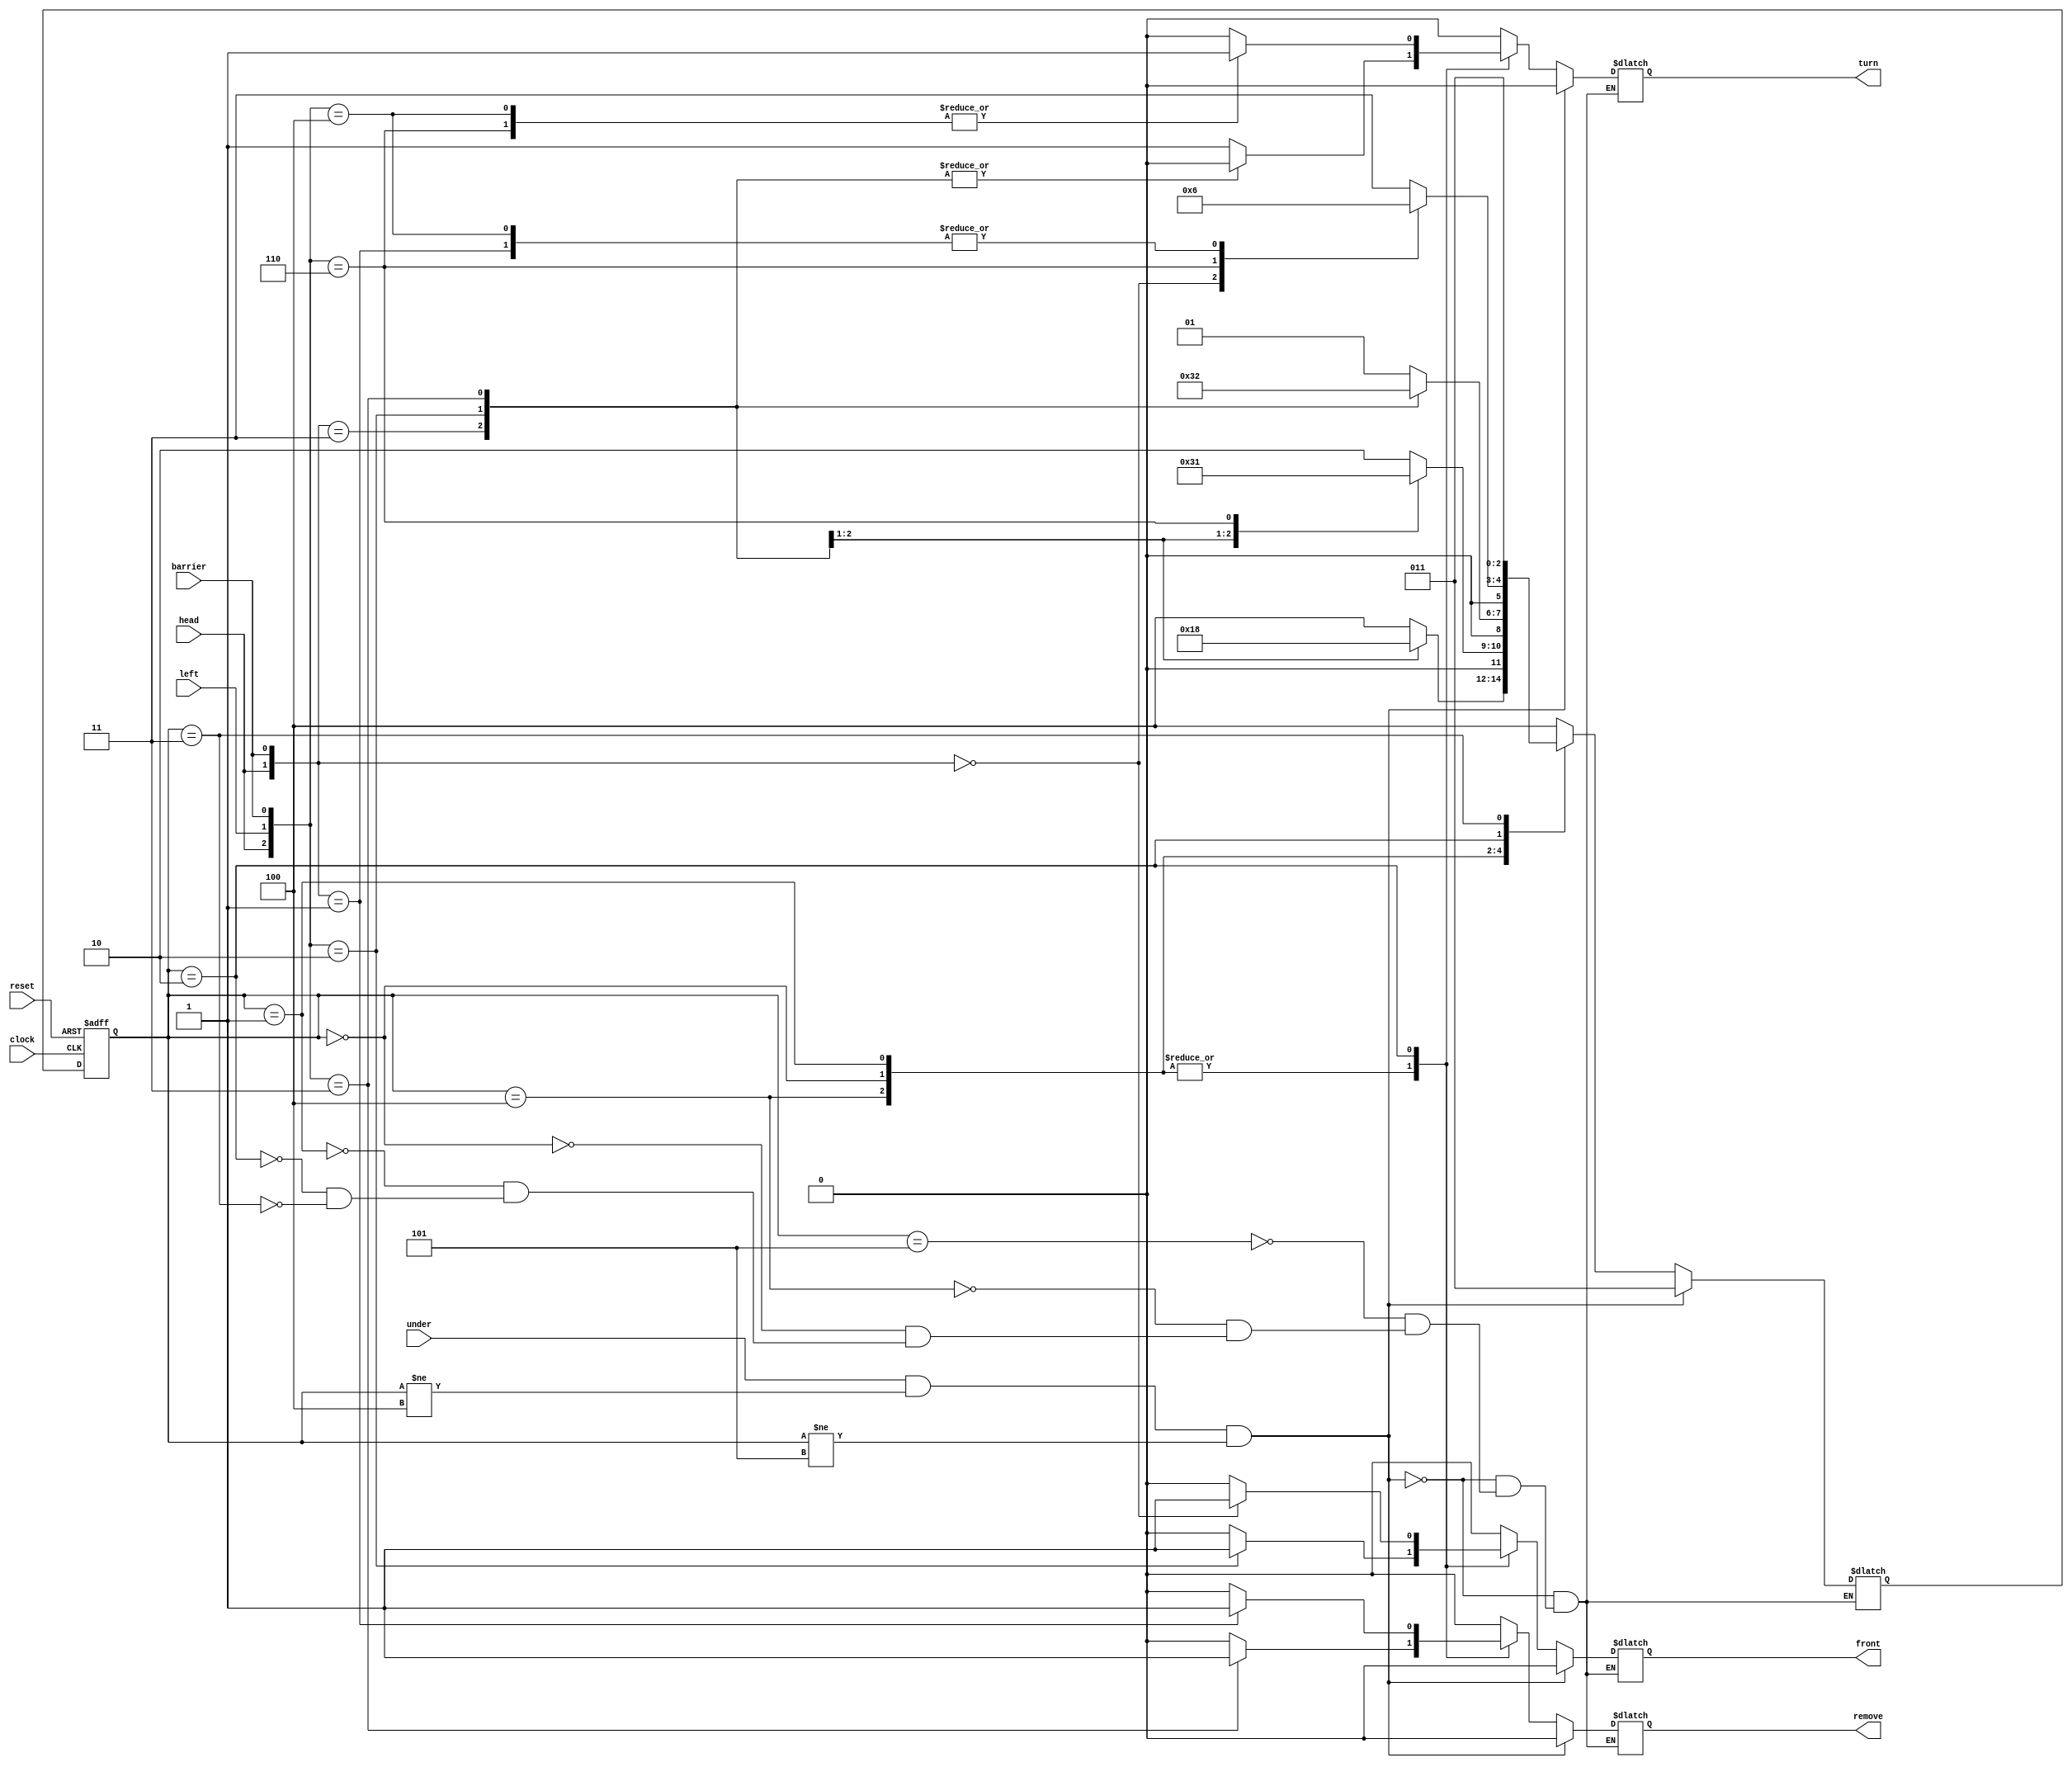
module robot (clock, reset, head, left, under, barrier, front, turn, remove);

output reg front, turn, remove;
input head, left, under, barrier, clock, reset;

reg [2:0] act_state, next_state;

parameter searching_trash_or_left = 3'b000;
parameter rotating = 3'b001;
parameter removing_trash_or_following_left = 3'b010;
parameter stand_by = 3'b011;
parameter first_move = 3'b100;
parameter reseting = 3'b101;

always @(head or left or under or barrier or act_state)
begin
    if (under && act_state != first_move && act_state != reseting)
        begin
            next_state = stand_by;
            front = 0;
            turn = 0;
            remove = 0;
        end
    else
    case (act_state)
        reseting:
            begin
                next_state = first_move;
                front = 0;
                turn = 0;
                remove = 0;
            end
        first_move:
            casez ({head, left, barrier})
            3'b1?1:
                begin
                    next_state = stand_by;
                    front = 0;
                    turn = 0;
                    remove = 0;
                end
            3'b010:
                begin
                    next_state = searching_trash_or_left;
                    front = 1;
                    turn = 0;
                    remove = 0;
                end
            3'b011:
                begin
                    next_state = first_move;
                    front = 0;
                    turn = 0;
                    remove = 1;
                end
            default:
                begin
                    next_state = first_move;
                    front = 0;
                    turn = 1;
                    remove = 0;
                end
            endcase
        searching_trash_or_left:
            casez ({head, left, barrier})
            3'b1?1:
                begin
                    next_state = stand_by;
                    front = 0;
                    turn = 0;
                    remove = 0;
                end
            3'b010:
                begin
                    next_state = searching_trash_or_left;
                    front = 1;
                    turn = 0;
                    remove = 0;
                end
            3'b110:
                begin
                    next_state = rotating;
                    front = 0;
                    turn = 1;
                    remove = 0;
                end
            3'b011:
                begin
                    next_state = removing_trash_or_following_left;
                    front = 0;
                    turn = 0;
                    remove = 1;
                end
            default:
                begin
                    next_state = removing_trash_or_following_left;
                    front = 0;
                    turn = 1;
                    remove = 0;
                end
            endcase
        rotating:
            casez ({head, left, barrier})
            3'b1?1:
                begin
                    next_state = stand_by;
                    front = 0;
                    turn = 0;
                    remove = 0;
                end
            3'b010:
                begin
                    next_state = searching_trash_or_left;
                    front = 1;
                    turn = 0;
                    remove = 0;
                end
            3'b011:
                begin
                    next_state = removing_trash_or_following_left;
                    front = 0;
                    turn = 0;
                    remove = 1;
                end
            default:
                begin
                    next_state = rotating;
                    front = 0;
                    turn = 1;
                    remove = 0;
                end
            endcase
        removing_trash_or_following_left:
            casez ({head, left, barrier})
            3'b1?1:
                begin
                    next_state = stand_by;
                    front = 0;
                    turn = 0;
                    remove = 0;
                end
            3'b0?1:
                begin
                    next_state = removing_trash_or_following_left;
                    front = 0;
                    turn = 0;
                    remove = 1;
                end
            3'b0?0:
                begin
                    next_state = searching_trash_or_left;
                    front = 1;
                    turn = 0;
                    remove = 0;
                end
            3'b110:
                begin
                    next_state = rotating;
                    front = 0;
                    turn = 1;
                    remove = 0;
                end
            3'b100:
                begin
                    next_state = removing_trash_or_following_left;
                    front = 0;
                    turn = 1;
                    remove = 0;
                end
            endcase
        stand_by:
            begin
                next_state = stand_by;
                front = 0;
                turn = 0;
                remove = 0;
            end
    endcase
end

always @(posedge clock or negedge reset)
begin
    if (~reset) begin
        act_state <= reseting;
    end
    else begin
        act_state <= next_state;
    end
end

endmodule